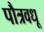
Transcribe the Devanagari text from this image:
पौत्रवधू